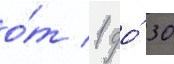
о́т 1 до́ 30